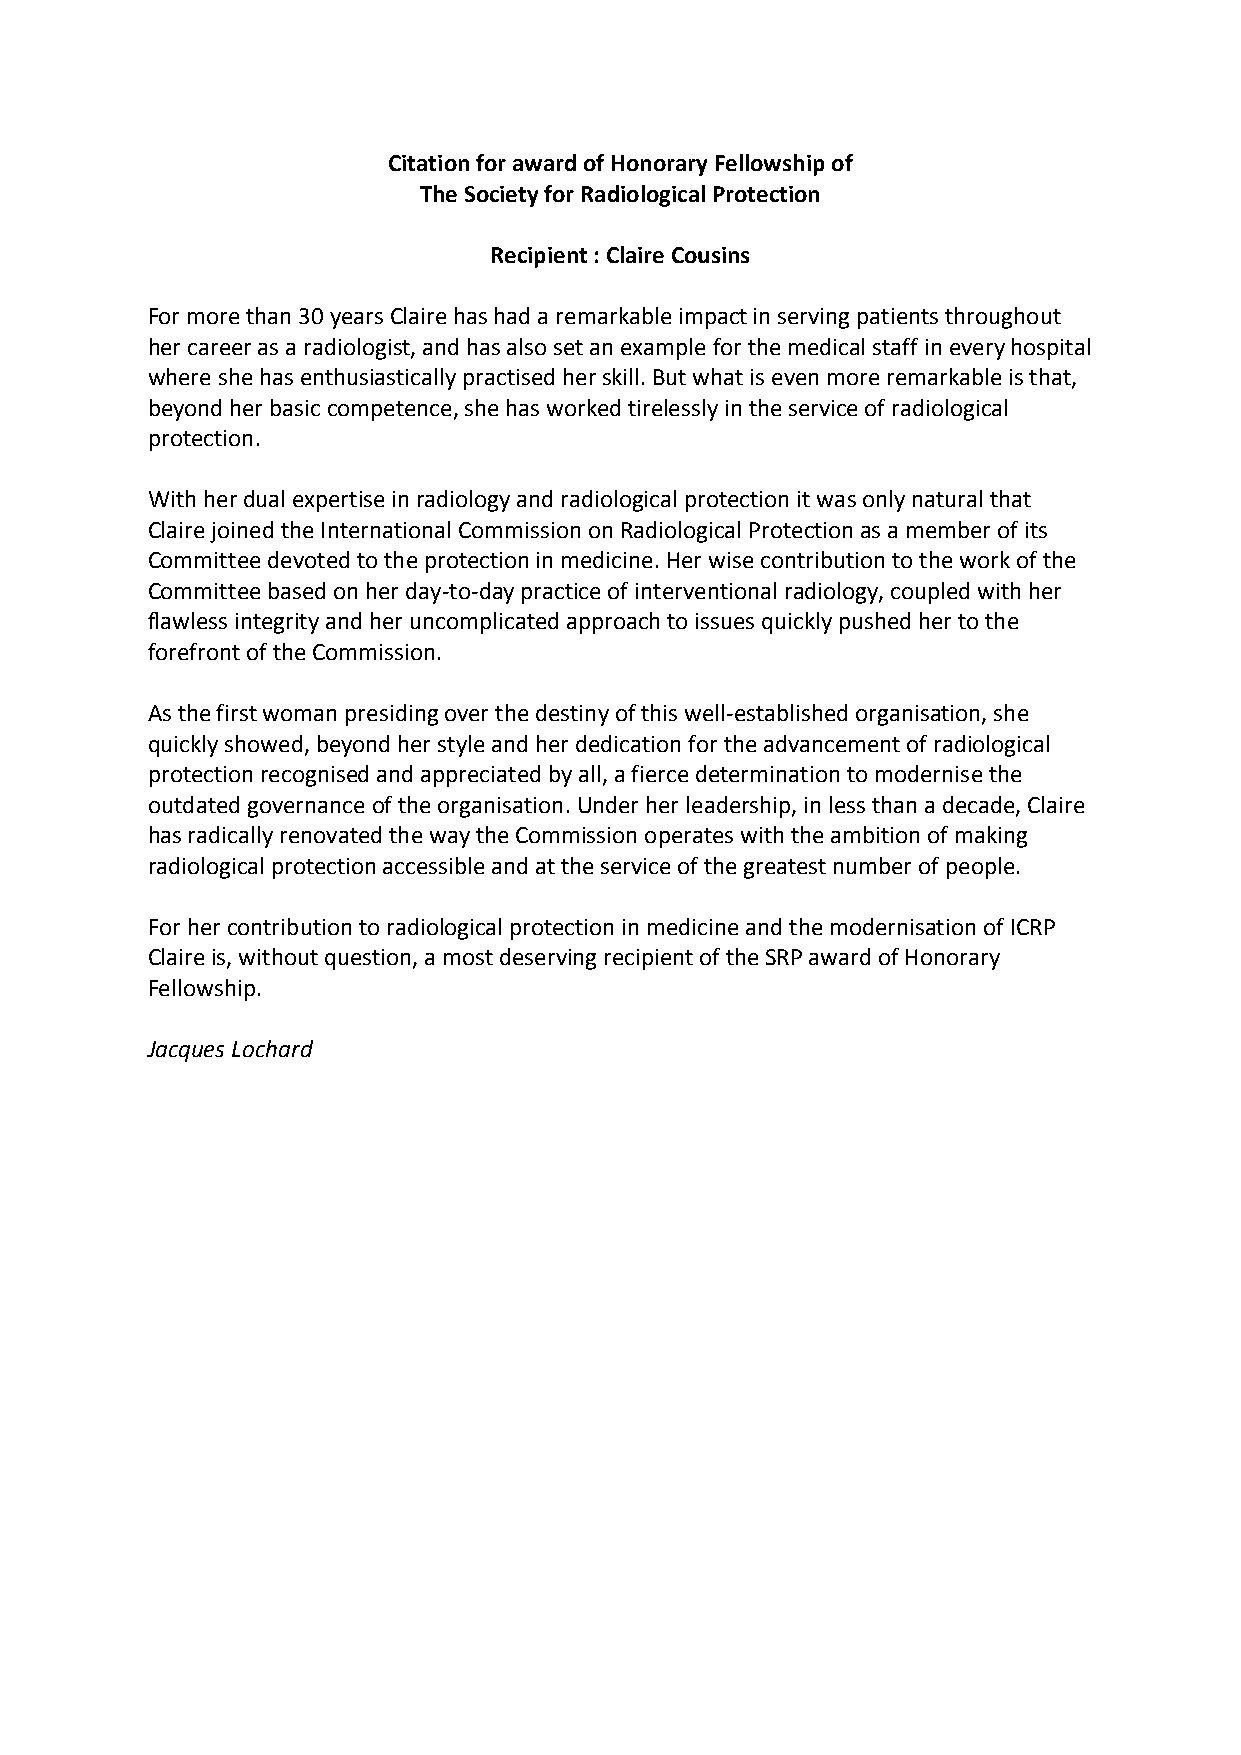
Citation for award of Honorary Fellowship of
 The Society for Radiological Protection
 Recipient : Claire Cousins
 For more than 30 years Claire has had a remarkable impact in serving patients throughout
 her career as a radiologist, and has also set an example for the medical staff in every hospital
 where she has enthusiastically practised her skill. But what is even more remarkable is that,
 beyond her basic competence, she has worked tirelessly in the service of radiological
 protection.
 With her dual expertise in radiology and radiological protection it was only natural that
 Claire joined the International Commission on Radiological Protection as a member of its
 Committee devoted to the protection in medicine. Her wise contribution to the work of the
 Committee based on her day-to-day practice of interventional radiology, coupled with her
 flawless integrity and her uncomplicated approach to issues quickly pushed her to the
 forefront of the Commission.
 As the first woman presiding over the destiny of this well-established organisation, she
 quickly showed, beyond her style and her dedication for the advancement of radiological
 protection recognised and appreciated by all, a fierce determination to modernise the
 outdated governance of the organisation. Under her leadership, in less than a decade, Claire
 has radically renovated the way the Commission operates with the ambition of making
 radiological protection accessible and at the service of the greatest number of people.
 For her contribution to radiological protection in medicine and the modernisation of ICRP
 Claire is, without question, a most deserving recipient of the SRP award of Honorary
 Fellowship.
 Jacques Lochard